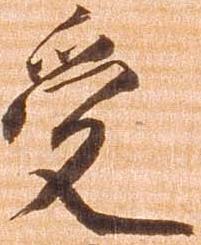
受